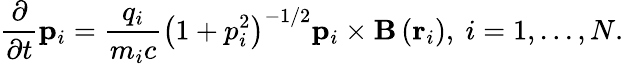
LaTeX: \frac{\partial}{\partial t}\mathbf{p}_{i}=\frac{q_{i}}{m_{i}c}\left(1+p_{i}^{2}\right)^{-1/2}\mathbf{p}_{i}\times\mathbf{B}\left(\mathbf{r}_{i}\right),\ i=1,...,N.